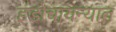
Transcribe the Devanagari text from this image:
इंडोचायन्यात